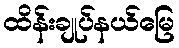
ထိန်းချုပ်နယ်မြေ